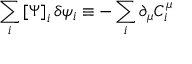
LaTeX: \sum _ { i } \left[ \Psi \right] _ { i } \delta \psi _ { i } \equiv - \sum _ { i } \partial _ { \mu } C _ { i } ^ { \mu }